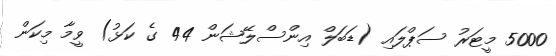
5000 މީޓަރު ސަޕްލައި (ޑަބަލް އިންސްލޭޝަން 44 ގެ ކަޅު) ވީމާ މިކަން